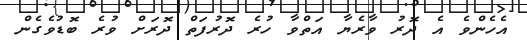
އެހެންވެ އެ ދޮރު ވާރެޔާ އަތްވާ ހުރެ ދޮރުފަތް ދޮރަށް ވުރެ ބޮޑުވެގެން